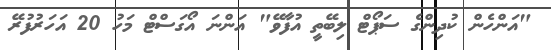
"އަންހެން ކުދިންގެ ސަޕޯޓް ލިބޭތީ އުފާވޭ" އަންނަ އޯގަސްޓް މަހު 20 އަހަރުފުރޭ